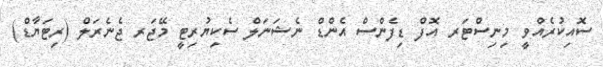
ސޮއިކުރެއްވީ މިނިސްޓަރ އޮފް ޑިފެންސް އެންޑް ނެޝަނަލް ސެކިޔުރިޓީ މޭޖަރ ޖެނެރަލް (ރިޓަޔާޑް)